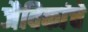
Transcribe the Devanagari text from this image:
जैविकांचे